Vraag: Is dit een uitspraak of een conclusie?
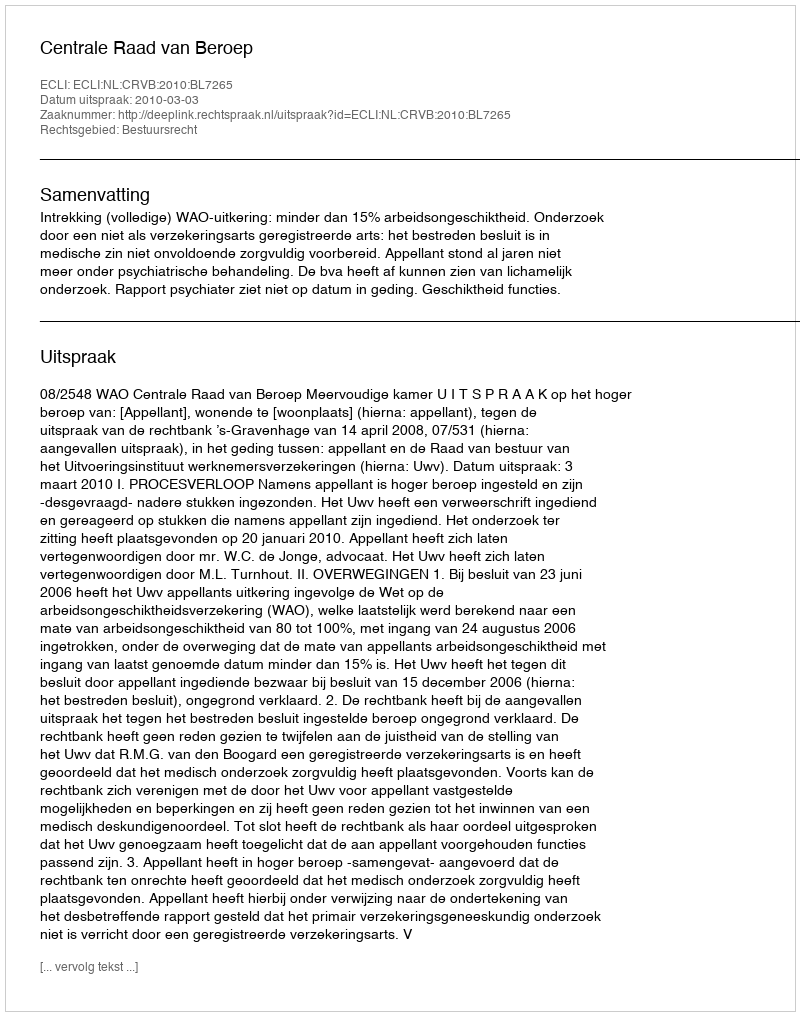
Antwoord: Uitspraak